Leaving Certificate Examination (including Day School Certificate (Higher) General paper), 1934
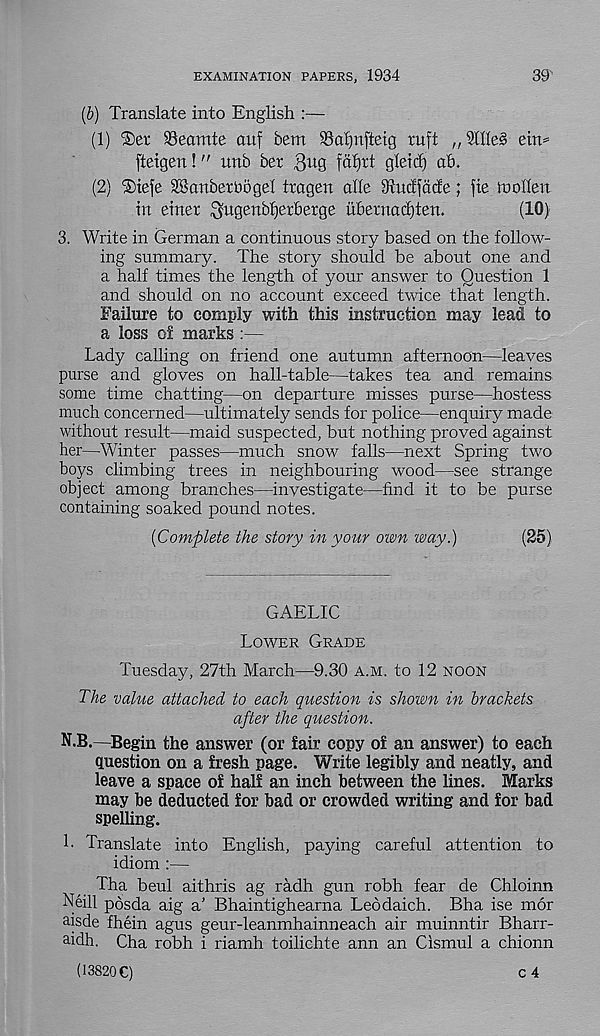
EXAMINATION PAPERS, 1934
39'
(b) Translate into English :—
(1) ®er SSeamte ouf bem ®al)iifteig ruft „ 9IHe§ etn^
fteigen!" unb ber 3® fof)tt gleicf) ab.
(2) $iefe Sonbertiogel tragen die 3tncffacfe; fie inollen
in einer ^ngenbijerberge ubentacfjten.
(10)
3. Write in German a continuous story based on the follow-
ing summary. The story should be about one and
a half times the length of your answer to Question 1
and should on no account exceed twice that length.
Failure to comply with this instruction may lead to
a loss of marks :—
Lady calling on friend one autumn afternoon—leaves
purse and gloves on hall-table—takes tea and remains
some time chatting—on departure misses purse—hostess
much concerned—ultimately sends for police—enquiry made
without result—maid suspected, but nothing proved against
her—Winter passes—much snow falls—next Spring two
boys climbing trees in neighbouring wood—see strange
object among branches—investigate—find it to be purse
containing soaked pound notes.
[Complete the story in your own way.)
(25)
GAELIC
Lower Grade
Tuesday, 27th March—9.30 a.m. to 12 noon
The value attached to each question is shown in brackets
after the question.
N.B.—Begin the answer (or fair copy of an answer) to each
question on a fresh page. Write legibly and neatly, and
leave a space of half an inch between the lines. Marks
may be deducted for bad or crowded writing and for bad
spelling.
L Translate into English, paying careful attention to
idiom :—
Tha beul aithris ag radh gun robh fear de Chloinn
Neill posda aig a’ Bhaintighearna Leodaich. Bha ise mor
a isde fhein agus geur-leanmhainneach air muinntir Bharr-
aidh. Cha robh i riamh toilichte ann an Cismul a chionn
(13820 C)
c 4